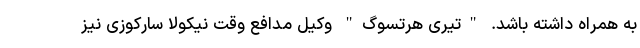
به همراه داشته باشد. "تیری هرتسوگ" وکیل مدافع وقت نیکولا سارکوزی نیز